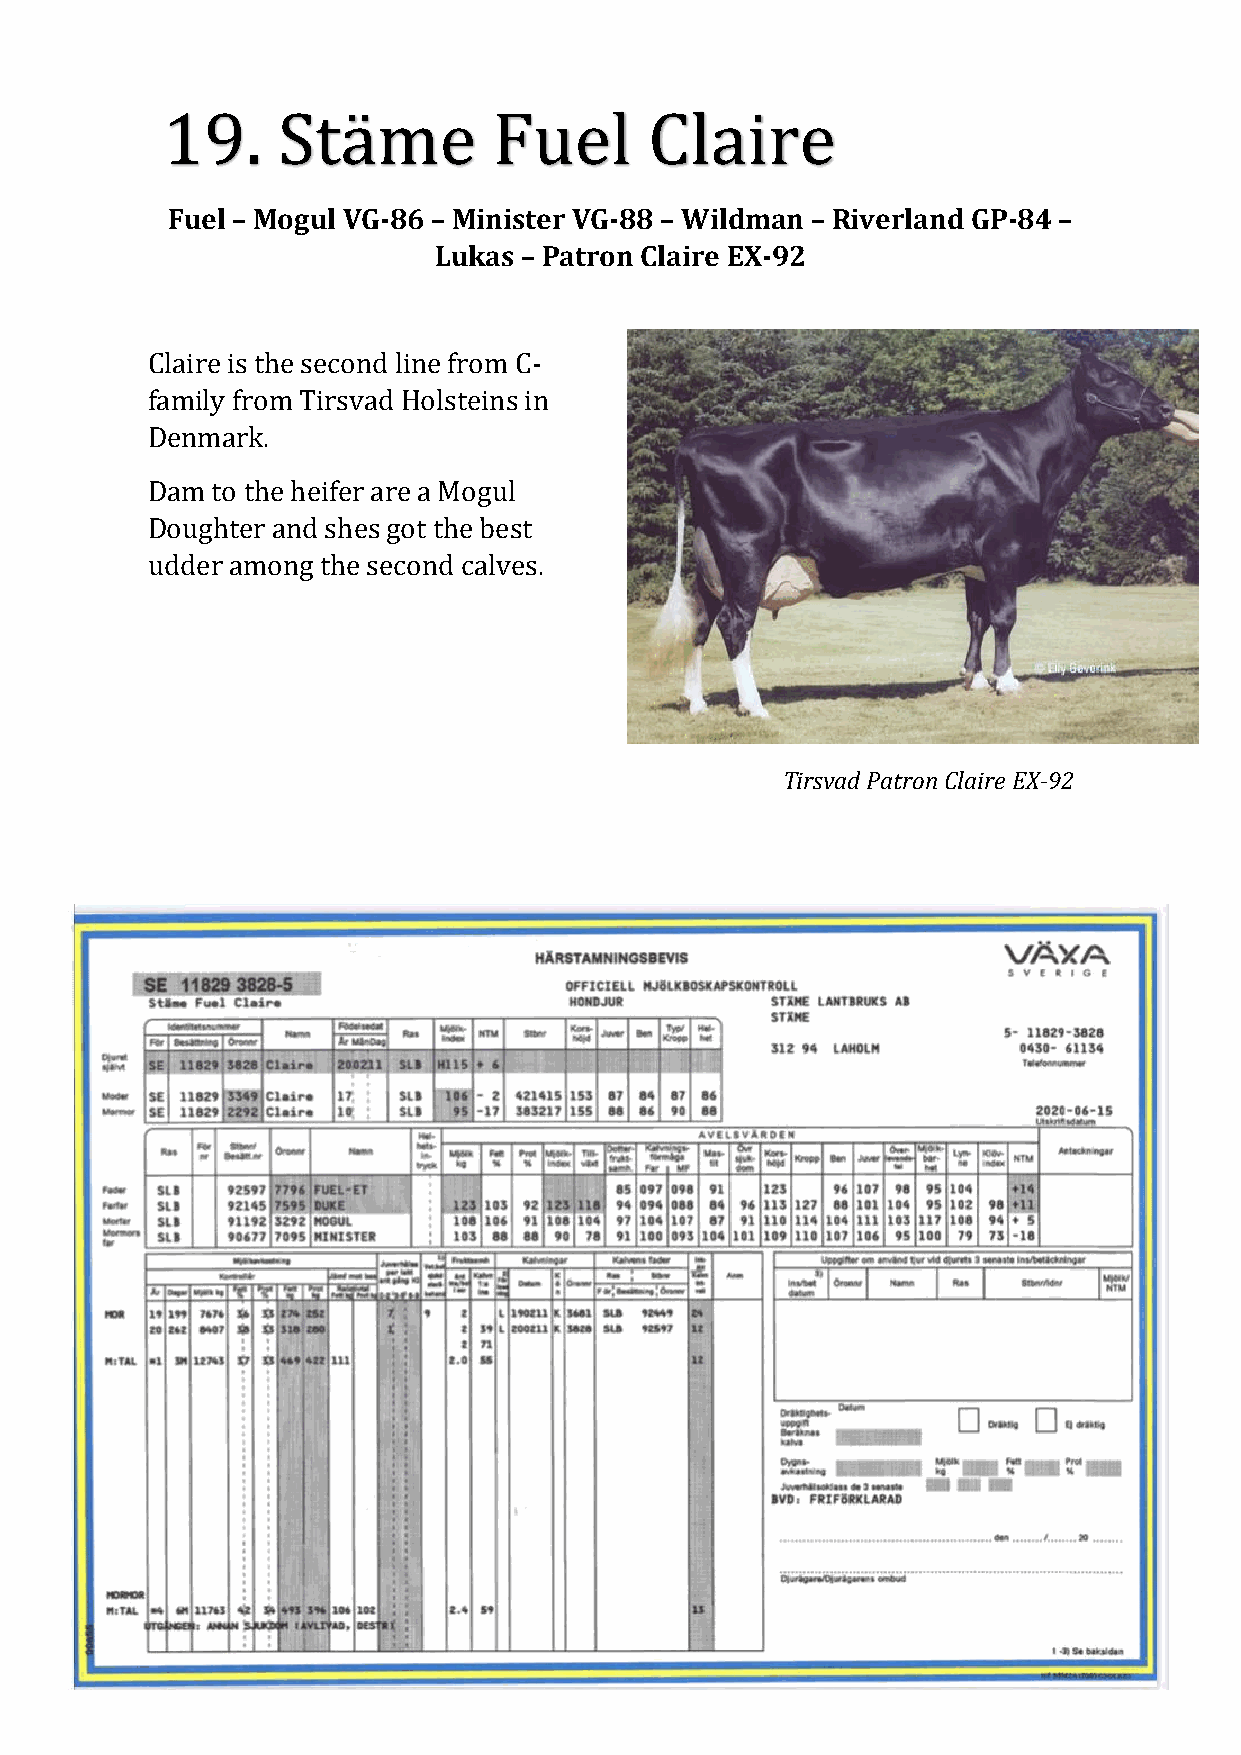
19.    Stäme          Fuel      Claire
 Fuel – Mogul VG-86 – Minister VG-88 – Wildman – Riverland GP-84 –
 Lukas – Patron Claire EX-92
 Claire is the second line from C-
 family from Tirsvad Holsteins in
 Denmark.
 Dam to the heifer are a Mogul
 Doughter and shes got the best
 udder among the second calves.
 Tirsvad Patron Claire EX-92